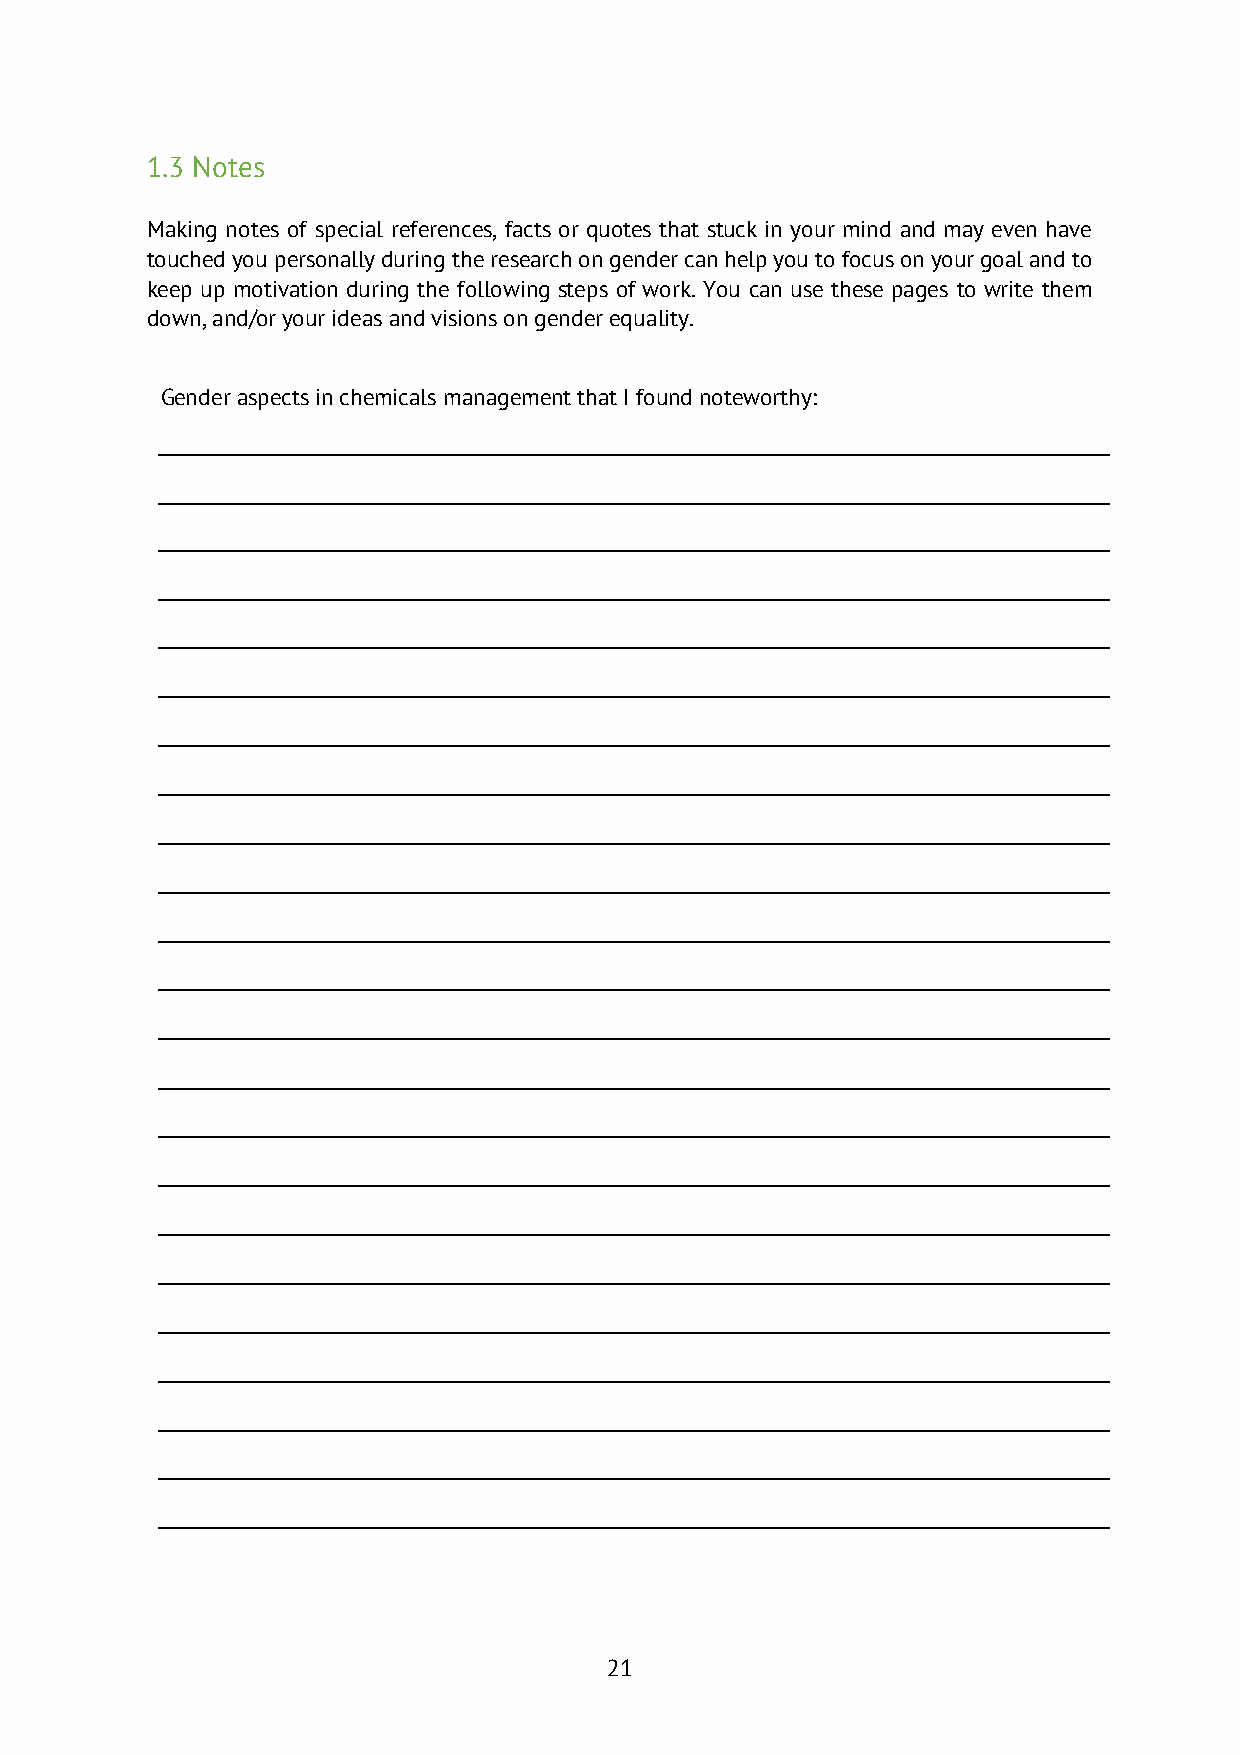
1.3 Notes
 Making notes of special references, facts or quotes that stuck in your mind and may even have
 touched you personally during the research on gender can help you to focus on your goal and to
 keep up motivation during the following steps of work. You can use these pages to write them
 down, and/or your ideas and visions on gender equality.
 Gender aspects in chemicals management that I found noteworthy:
 21